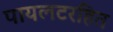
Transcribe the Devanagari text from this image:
पायलटरहित